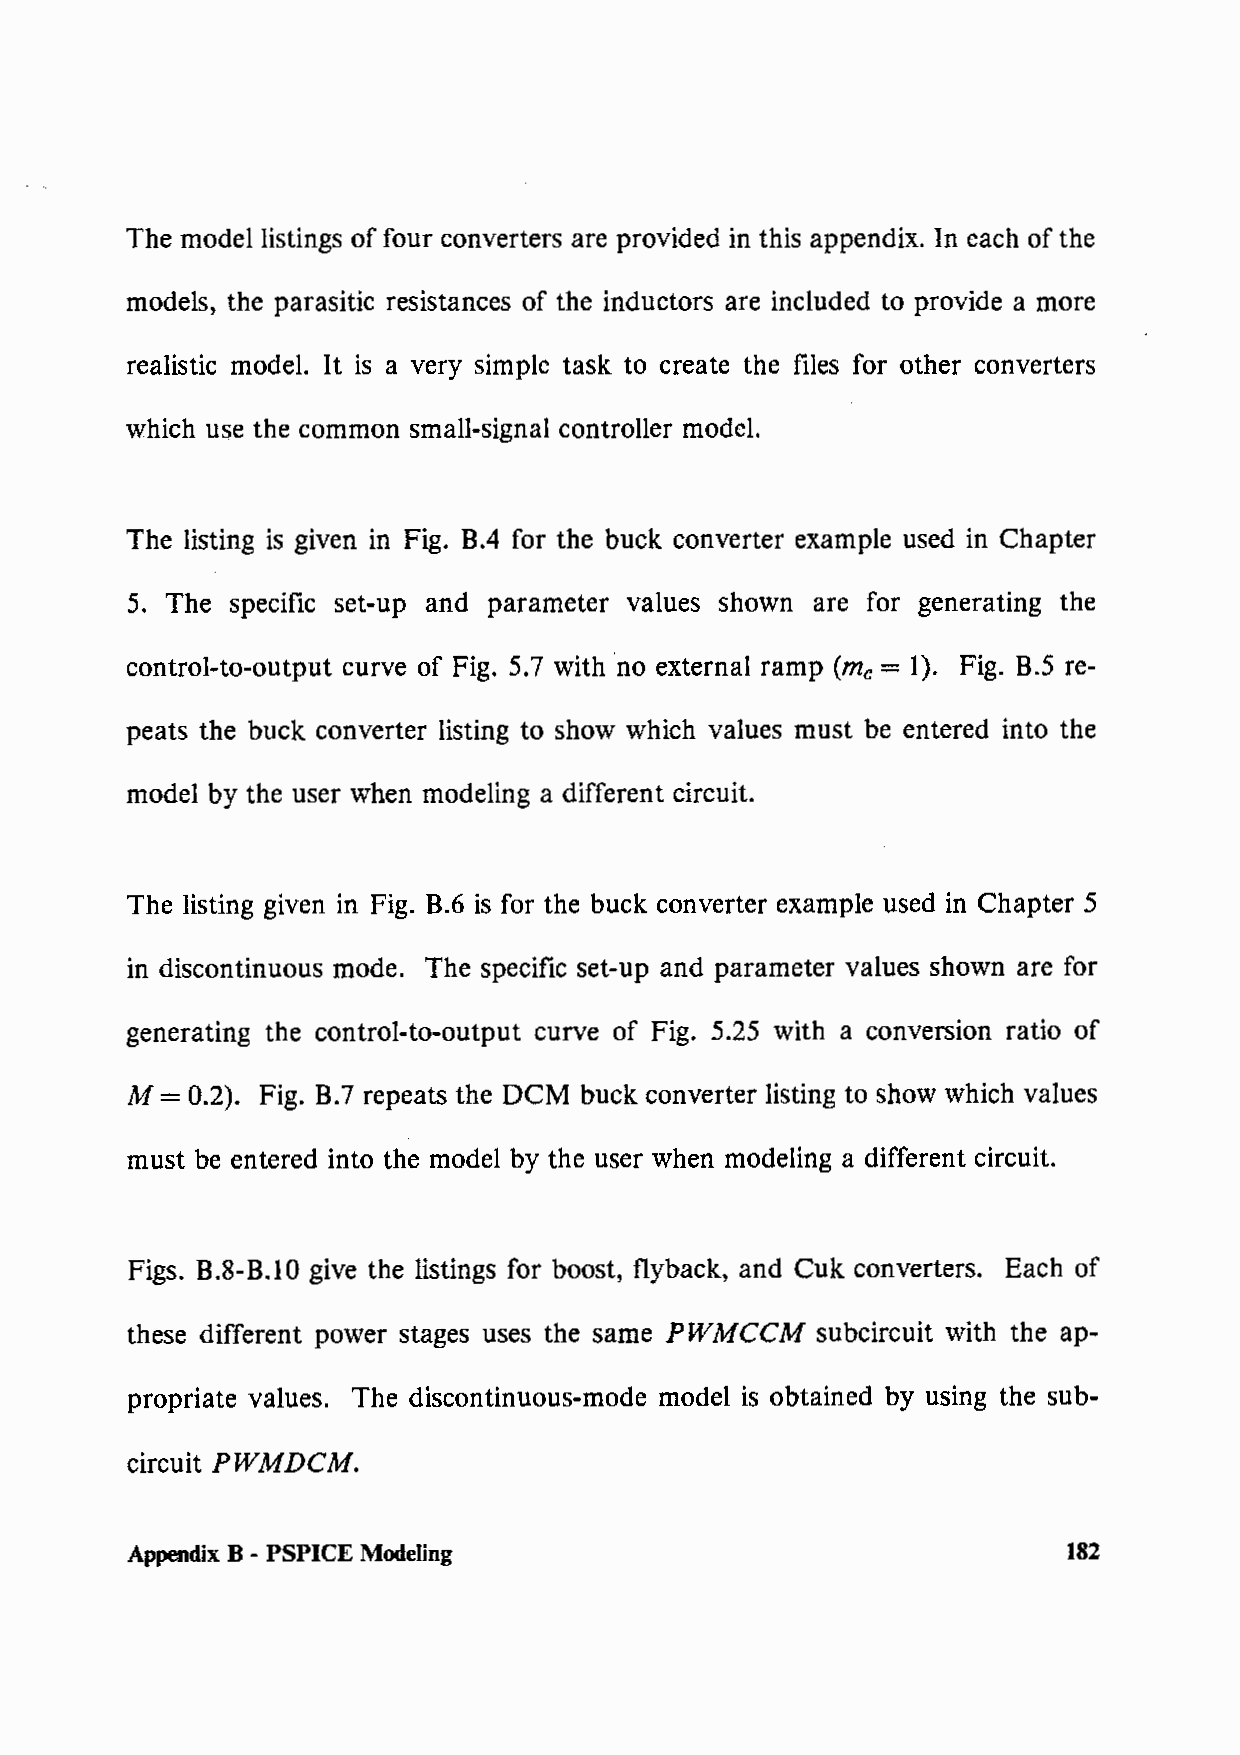
The model listings of four converters are provided in this appendix. In each of the
 models, the parasitic resistances of the inductors are included to provide a more
 realistic model. It is a very simple task to create the files for other converters
 which use the common small-signal controller model.
 The listing is given in Fig. B.4 for the buck converter example used in Chapter
 5. The specific set-up and parameter values shown are for generating the
 control-to-output curve of Fig. 5.7 with ·no external ramp (me= 1). Fig. B.5 re-
 peats the buck converter listing to show which values must be entered into the
 model by the user when modeling a different circuit.
 The listing given in Fig. B.6 is for the buck converter example used in Chapter 5
 in discontinuous mode. The specific set-up and parameter values shown are for
 generating the control-to-output curve of Fig. 5.25 with a conversion ratio of
 =
 M   0.2). Fig. B. 7 repeats the DCM buck converter listing to show which values
 must be entered into the model by the user when modeling a different circuit.
 Figs. B.8-B.10 give the listings for boost, flyback, and Cuk converters. Each of
 these different power stages uses the same PWMCCM subcircuit with the ap-
 propriate values. The discontinuous-mode model is obtained by using the sub-
 circuit PWMDCM.
 Appendix B - PSPICE Modeling                                  182